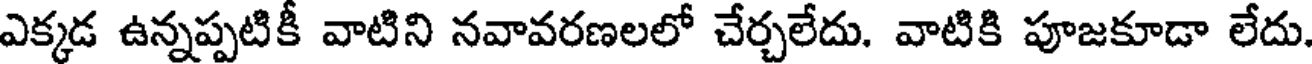
ఎక్కడ ఉన్నప్పటికీ వాటిని నవావరణలలో చేర్చలేదు. వాటికి పూజకూడా లేదు.